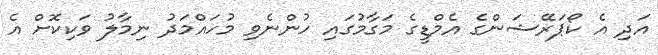
އަދި އެ ކޯޕަރޭޝަންގެ އެމްޑީގެ މަގާމުގައި ހުންނެވި މުހައްމަދު ނިމާލު ވަކިކޮށް އެެ